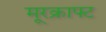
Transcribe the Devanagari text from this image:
मूरक्राफ्ट